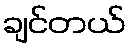
ချင်တယ်